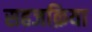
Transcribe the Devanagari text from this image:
सहजक्रिया